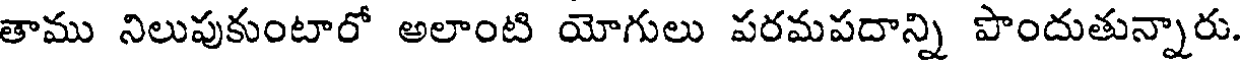
తాము నిలుపుకుంటారో అలాంటి యోగులు పరమపదాన్ని పొందుతున్నారు.